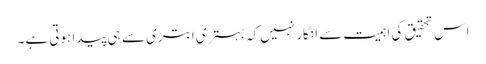
اس تحقیق کی اہمیت سے انکار نہیں کہ بہتری ابتری سے ہی پیدا ہوتی ہے۔